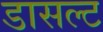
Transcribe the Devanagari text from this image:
डासल्ट